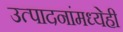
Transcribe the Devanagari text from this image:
उत्पादनांमध्येही